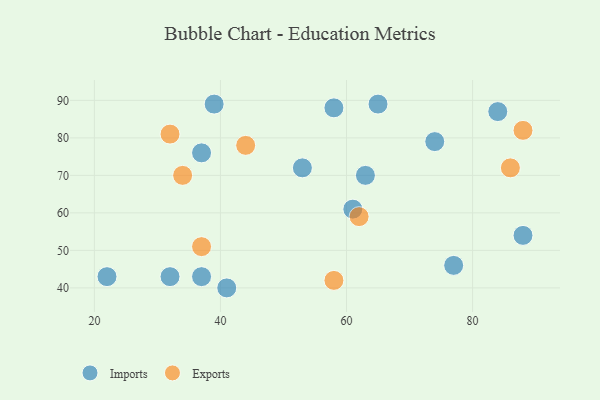
{"axis": {"x": "GDP", "y": "Life Expectancy"}, "legend": ["Exports", "Imports"], "data": [{"x": "88", "y": 54, "type": "Imports"}, {"x": "22", "y": 43, "type": "Imports"}, {"x": "84", "y": 87, "type": "Imports"}, {"x": "74", "y": 79, "type": "Imports"}, {"x": "77", "y": 46, "type": "Imports"}, {"x": "32", "y": 43, "type": "Imports"}, {"x": "63", "y": 70, "type": "Imports"}, {"x": "37", "y": 43, "type": "Imports"}, {"x": "53", "y": 72, "type": "Imports"}, {"x": "37", "y": 76, "type": "Imports"}, {"x": "41", "y": 40, "type": "Imports"}, {"x": "65", "y": 89, "type": "Imports"}, {"x": "58", "y": 88, "type": "Imports"}, {"x": "39", "y": 89, "type": "Imports"}, {"x": "61", "y": 61, "type": "Imports"}, {"x": "58", "y": 42, "type": "Exports"}, {"x": "62", "y": 59, "type": "Exports"}, {"x": "86", "y": 72, "type": "Exports"}, {"x": "37", "y": 51, "type": "Exports"}, {"x": "44", "y": 78, "type": "Exports"}, {"x": "88", "y": 82, "type": "Exports"}, {"x": "34", "y": 70, "type": "Exports"}, {"x": "32", "y": 81, "type": "Exports"}]}